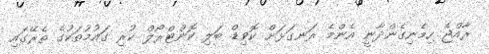
ރާއްޖެ ހިމެނިގެންދާނީ އެންމެ ރަނގަޅަށް ކޮވިޑް ބަލި ކޮންޓްރޯލް ކުރި ގައުމުތަކުގެ ތެރޭގައި